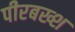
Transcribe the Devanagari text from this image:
पीरबख्श